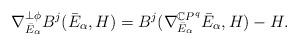
LaTeX: \begin{align*}\nabla^{\perp\phi}_{\bar E_{\alpha}}B^j(\bar E_{\alpha},H)=B^j(\nabla^{\mathbb{C}P^q}_{\bar E_{\alpha}}\bar E_{\alpha},H)-H.\end{align*}